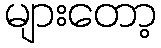
များတော့